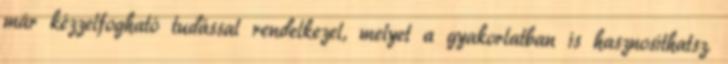
már kézzelfogható tudással rendelkezel, melyet a gyakorlatban is hasznosíthatsz.